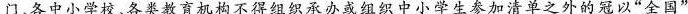
门、各中小学校、各类教育机构不得组织承办或组织中小学生参加清单之外的冠以”全国”